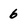
Character: 6